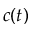
c ( t )